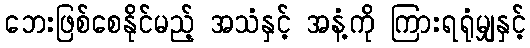
ဘေးဖြစ်စေနိုင်မည့် အသံနှင့် အနံ့ကို ကြားရရုံမျှနှင့်